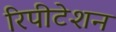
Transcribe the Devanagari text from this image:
रिपीटेशन